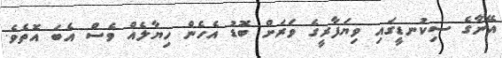
އޭނާގެ ސިކުނޑީގައި ވިޔަފާރީގެ ވަރަށް ބޮޑު އެހެން ހިޔާލެއް ވެސް އެބަ އޮތެވެ.